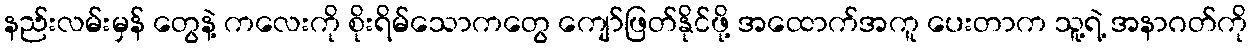
နည်းလမ်းမှန် တွေနဲ့ ကလေးကို စိုးရိမ်သောကတွေ ကျော်ဖြတ်နိုင်ဖို့ အထောက်အကူ ပေးတာက သူ့ရဲ့ အနာဂတ်ကို